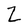
Character: Z